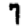
Digit: 7